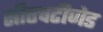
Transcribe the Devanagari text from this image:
सीएचटीजेड